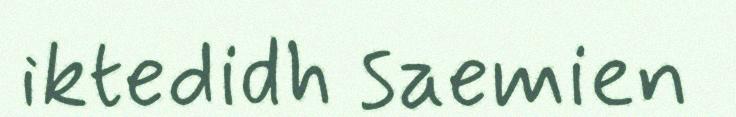
iktedidh saemien